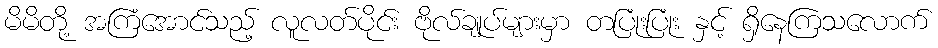
မိမိတို့ အကြံအောင်သည့် လူလတ်ပိုင်း ဗိုလ်ချုပ်များမှာ တပြုံးပြုံး နှင့် ရှိနေကြသလောက်